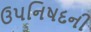
ઉપનિષદની